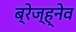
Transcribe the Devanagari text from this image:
ब्रेज्ह्नेव